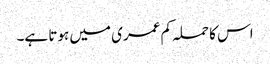
اس کا حملہ کم عمری میں ہوتا ہے۔